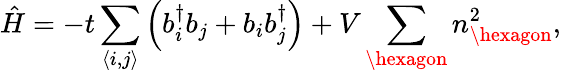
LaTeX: \hat{H}=-t\sum_{\langle i,j\rangle}\left(b_{i}^{\dagger}b_{j}+b_{i}b_{j}^{\dagger}\right)+V\sum_{\hexagon}n_{\hexagon}^{2},